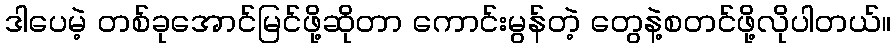
ဒါပေမဲ့ တစ်ခုအောင်မြင်ဖို့ဆိုတာ ကောင်းမွန်တဲ့ တွေနဲ့စတင်ဖို့လိုပါတယ်။